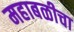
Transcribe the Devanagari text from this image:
महाबळीचा